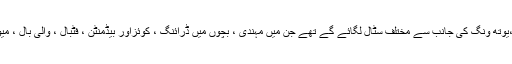
عید ملن پروگرام میں پی سی ایف اے ویمن ونگ،یوتھ ونگ کی جانب سے مختلف سٹال لگائے گے تھے جن میں مہندی ، بچوں میں ڈرائنگ ، کوئزاور بیڈمنٹن ، فٹبال ، والی بال ، میوزیکل چیئر اور دیگر کھیلوں کے مقابلے ہوے ۔